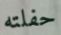
حفلته